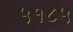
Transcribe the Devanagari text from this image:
५१८५